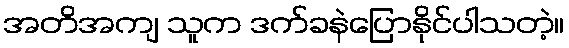
အတိအကျ သူက ဒက်ခနဲပြောနိုင်ပါသတဲ့။